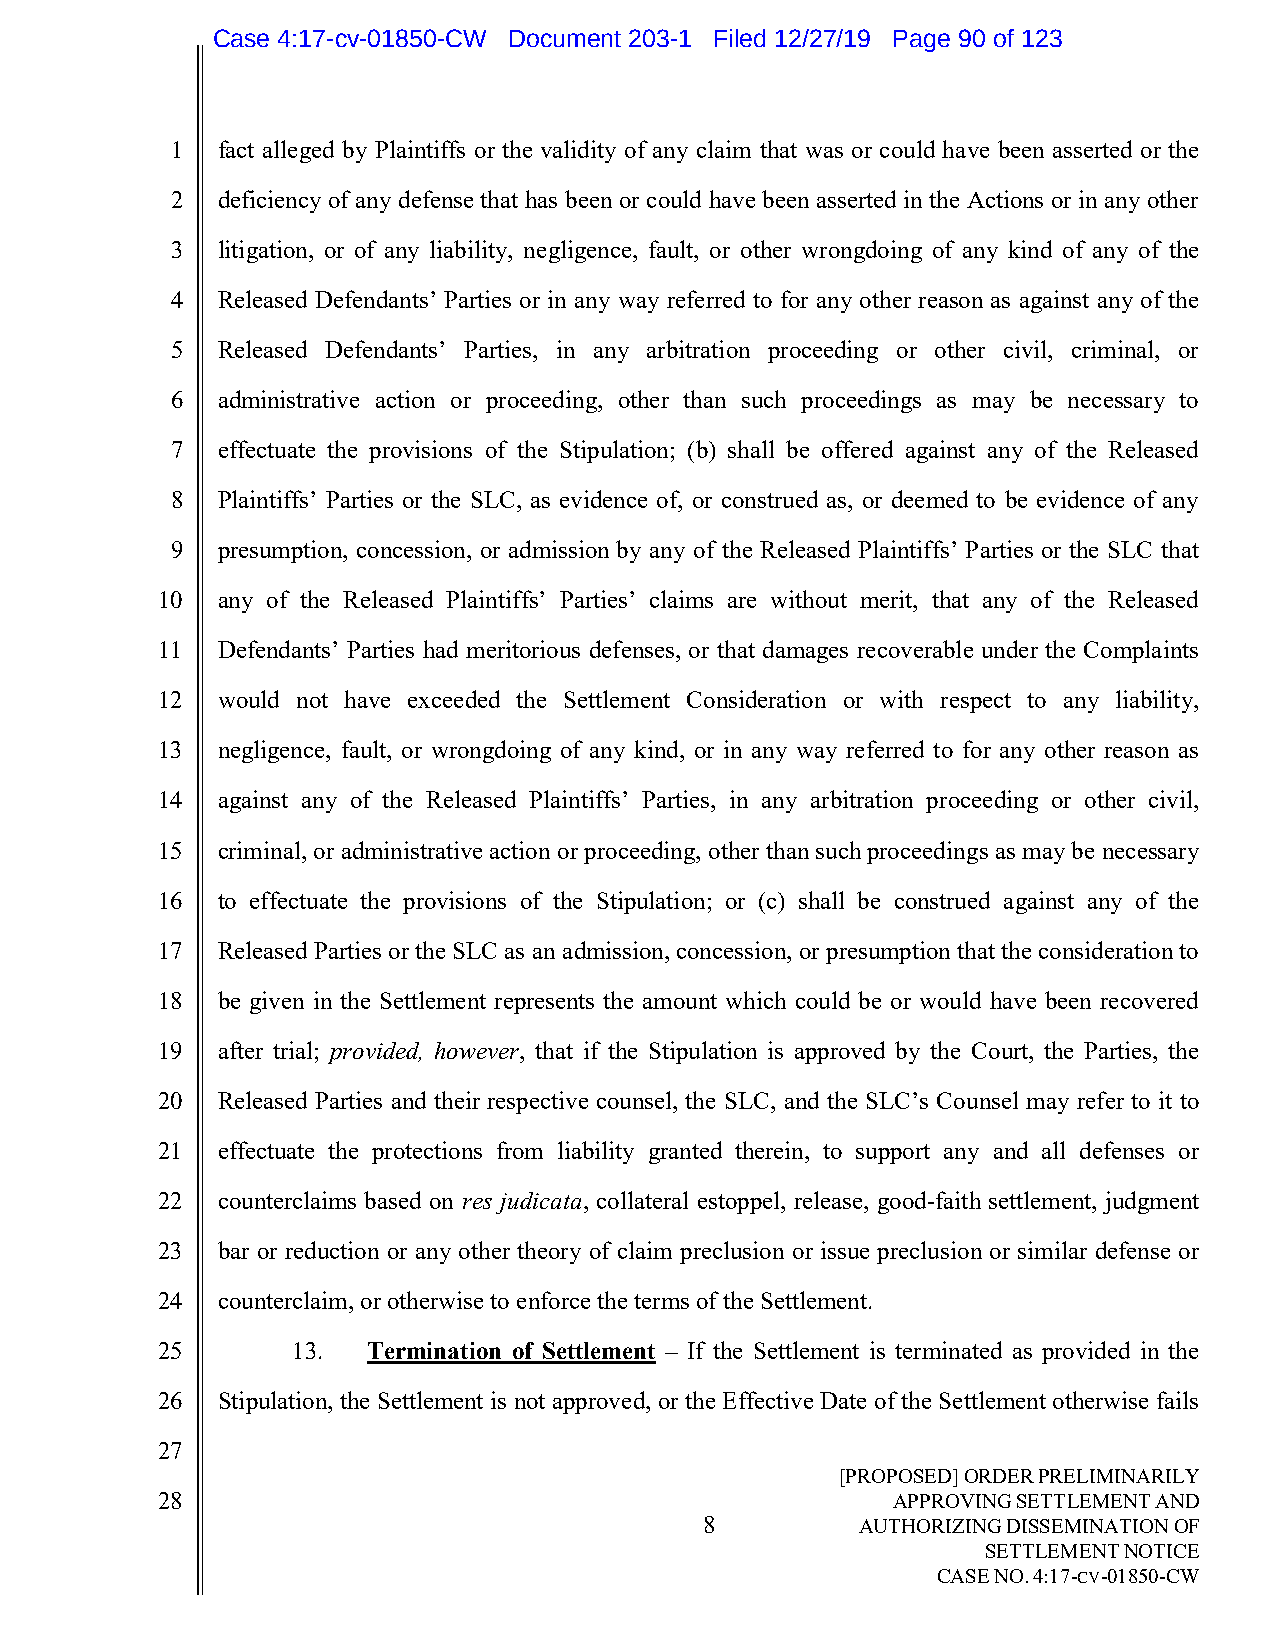
Case 4:17-cv-01850-CW Document 203-1 Filed 12/27/19 Page 90 of 123
 1  fact alleged by Plaintiffs or the validity of any claim that was or could have been asserted or the
 2  deficiency of any defense that has been or could have been asserted in the Actions or in any other
 3  litigation, or of any liability, negligence, fault, or other wrongdoing of any kind of any of the
 4  Released Defendants’ Parties or in any way referred to for any other reason as against any of the
 5  Released Defendants’ Parties, in any arbitration proceeding or other civil, criminal, or
 6  administrative action or proceeding, other than such proceedings as may be necessary to
 7  effectuate the provisions of the Stipulation; (b) shall be offered against any of the Released
 8  Plaintiffs’ Parties or the SLC, as evidence of, or construed as, or deemed to be evidence of any
 9  presumption, concession, or admission by any of the Released Plaintiffs’ Parties or the SLC that
 10  any of the Released Plaintiffs’ Parties’ claims are without merit, that any of the Released
 11  Defendants’ Parties had meritorious defenses, or that damages recoverable under the Complaints
 12  would not have exceeded the Settlement Consideration or with respect to any liability,
 13  negligence, fault, or wrongdoing of any kind, or in any way referred to for any other reason as
 14  against any of the Released Plaintiffs’ Parties, in any arbitration proceeding or other civil,
 15  criminal, or administrative action or proceeding, other than such proceedings as may be necessary
 16  to effectuate the provisions of the Stipulation; or (c) shall be construed against any of the
 17  Released Parties or the SLC as an admission, concession, or presumption that the consideration to
 18  be given in the Settlement represents the amount which could be or would have been recovered
 19  after trial; provided, however, that if the Stipulation is approved by the Court, the Parties, the
 20  Released Parties and their respective counsel, the SLC, and the SLC’s Counsel may refer to it to
 21  effectuate the protections from liability granted therein, to support any and all defenses or
 22  counterclaims based on res judicata, collateral estoppel, release, good-faith settlement, judgment
 23  bar or reduction or any other theory of claim preclusion or issue preclusion or similar defense or
 24  counterclaim, or otherwise to enforce the terms of the Settlement.
 25       13.  Termination of Settlement – If the Settlement is terminated as provided in the
 26  Stipulation, the Settlement is not approved, or the Effective Date of the Settlement otherwise fails
 27
 [PROPOSED] ORDER PRELIMINARILY
 28                                               APPROVING SETTLEMENT AND
 8         AUTHORIZING DISSEMINATION OF
 SETTLEMENT NOTICE
 CASE NO. 4:17-CV-01850-CW